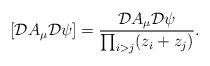
LaTeX: \begin{align*}\left[{\cal D}A_\mu{\cal D}\psi\right]=\frac{{\cal D}A_\mu{\cal D}\psi}{\prod_{i>j}(z_i+z_j)}.\end{align*}